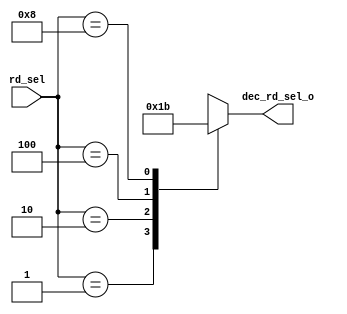
`timescale 1ns / 1ps
//////////////////////////////////////////////////////////////////////////////////
// Company: 
// Engineer: 
// 
// Design Name: 
// Module Name: decode
// Project Name: 
// Target Devices: 
// Tool Versions: 
// Description: 
// 
// Dependencies: 
// 
// Revision:
// Revision 0.01 - File Created
// Additional Comments:
// 
//////////////////////////////////////////////////////////////////////////////////


module decode(
input [3:0] rd_sel,
output reg [1:0] dec_rd_sel_o
    );
always @(rd_sel)
case(rd_sel)
    4'b0001 : dec_rd_sel_o = 2'd0;
    4'b0010 : dec_rd_sel_o = 2'd1;
    4'b0100 : dec_rd_sel_o = 2'd2;
    4'b1000 : dec_rd_sel_o = 2'd3;
    default : dec_rd_sel_o = 2'dx;
endcase
endmodule